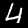
Digit: 4